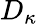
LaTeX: D_{\kappa}